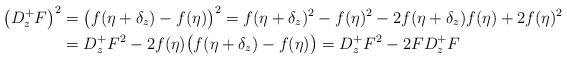
LaTeX: \begin{align*} \bigl(D_z^+F\bigr)^2&=\bigl(f(\eta+\delta_z)-f(\eta)\bigr)^2=f(\eta+\delta_z)^2-f(\eta)^2-2f(\eta+\delta_z) f(\eta)+2f(\eta)^2\\ &=D_z^+F^2-2f(\eta)\bigl(f(\eta+\delta_z)- f(\eta)\bigr)=D_z^+F^2-2 F D_z^+F \end{align*}